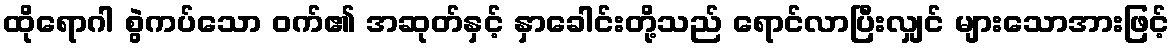
ထိုရောဂါ စွဲကပ်သော ဝက်၏ အဆုတ်နှင့် နှာခေါင်းတို့သည် ရောင်လာပြီးလျှင် များသောအားဖြင့်